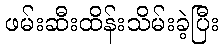
ဖမ်းဆီးထိန်းသိမ်းခဲ့ပြီး